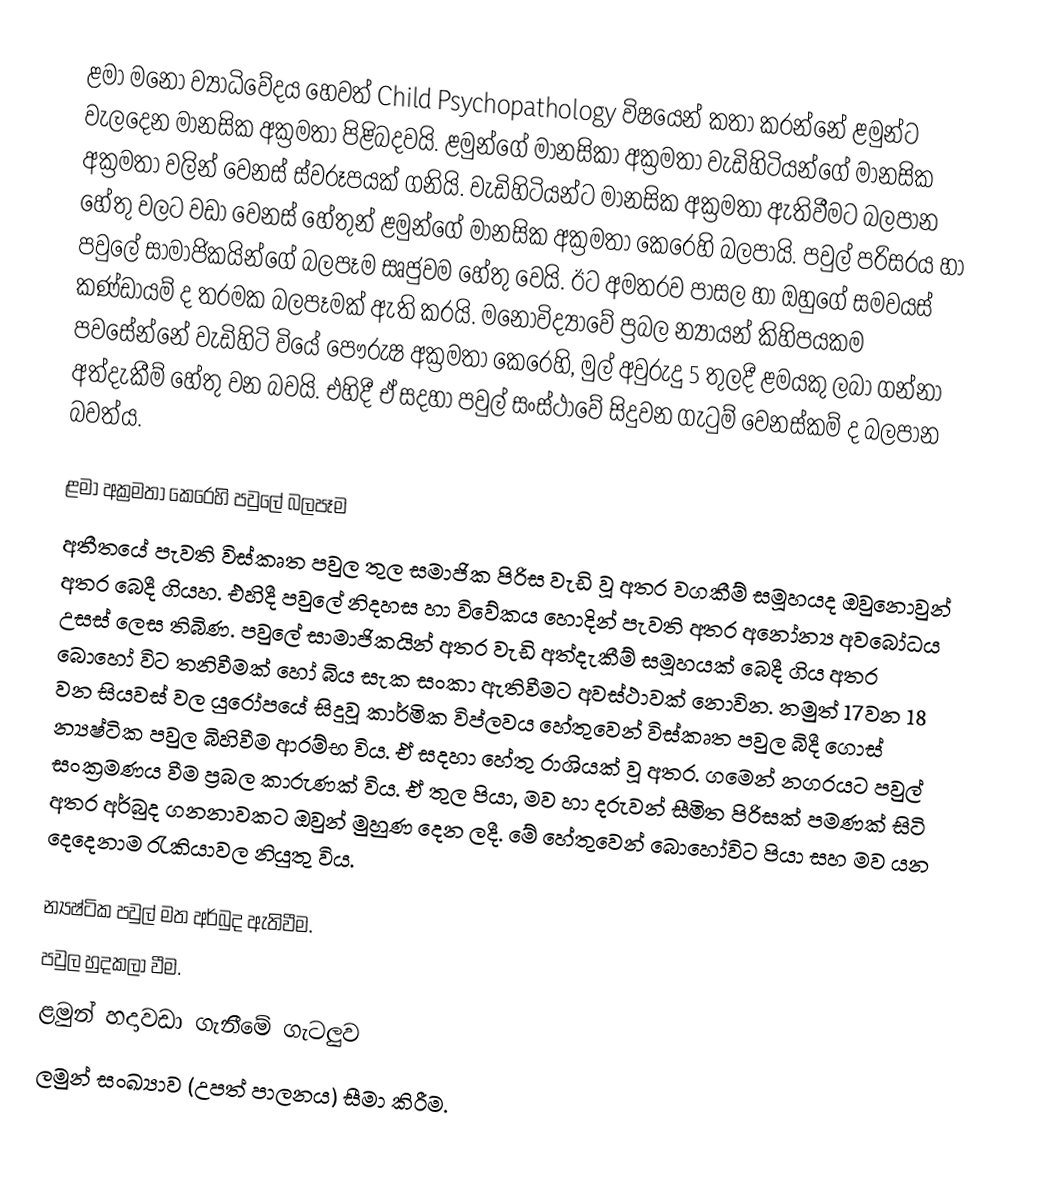
ළමා මනෝ ව්‍යාධිවේදය හෙවත් Child Psychopathology විෂයෙන් කතා කරන්නේ ළමුන්ට වැලදෙන මානසික අක්‍රමතා පිළිබදවයි. ළමුන්ගේ මානසිකා අක්‍රමතා වැඩිහිටියන්ගේ මානසික අක්‍රමතා වලින් වෙනස් ස්වරූපයක් ගනියි. වැඩිහිටියන්ට මානසික අක්‍රමතා ඇතිවීමට බලපාන හේතු වලට වඩා වෙනස් හේතුන් ළමුන්ගේ මානසික අක්‍රමතා කෙරෙහි බලපායි. පවුල් පරිසරය හා පවුලේ සාමාජිකයින්ගේ බලපෑම සෘජුවම හේතු වෙයි. ඊට අමතරව පාසල හා ඔහුගේ සමවයස් කණ්ඩායම් ද තරමක බලපෑමක් ඇති කරයි. මනෝවිද්‍යාවේ ප්‍රබල න්‍යායන් කිහිපයකම පවසේන්නේ වැඩිහිටි වියේ පෞරුෂ අක්‍රමතා කෙරෙහි, මුල් අවුරුදු 5 තුලදී ළමයකු ලබා ගන්නා අත්දැකීම් හේතු වන බවයි. එහිදී ඒ සදහා පවුල් සංස්ථාවේ සිදුවන ගැටුම් වෙනස්කම් ද බලපාන බවත්ය.

ළමා අක්‍රමතා කෙරෙහි පවුලේ බලපෑම
අතීතයේ පැවති විස්කෘත පවුල තුල සමාජික පිරිස වැඩි වූ අතර වගකීම් සමූහයද ඔවුනොවුන් අතර බෙදී ගියහ. එහිදී පවුලේ නිදහස හා විවේකය හොදින් පැවති අතර අනෝන්‍ය අවබෝධය උසස් ලෙස තිබිණ. පවුලේ සාමාජිකයින් අතර වැඩි අත්දැකීම් සමූහයක් බෙදී ගිය අතර බොහෝ විට තනිවීමක් හෝ බිය සැක සංකා ඇතිවීමට අවස්ථාවක් නොවින. නමුත් 17වන 18 වන සියවස් වල  යුරෝපයේ සිදුවූ කාර්මික විප්ලවය හේතුවෙන් විස්කෘත පවුල බිදී ගොස් න්‍යෂ්ටික පවුල බිහිවීම ආරම්භ විය. ඒ සදහා හේතු රාශියක් වූ අතර. ගමෙන් නගරයට පවුල් සංක්‍රමණය වීම ප්‍රබල කාරුණක් විය. ඒ තුල පියා, මව හා දරුවන් සීමිත පිරිසක් පමණක් සිටි අතර අර්බුද ගනනාවකට ඔවුන් මුහුණ දෙන ලදී. මේ හේතුවෙන් බොහෝවිට පියා සහ මව යන දෙදෙනාම රැකියාවල නියුතු විය.

න්‍යෂ්ටික පවුල් මත අර්බුද ඇතිවීම.
 පවුල හුදකලා වීම.
 ළමුන් හදාවඩා ගැනීමේ ගැටලුව
 ලමුන් සංඛ්‍යාව (උපත් පාලනය) සීමා කිරීම.